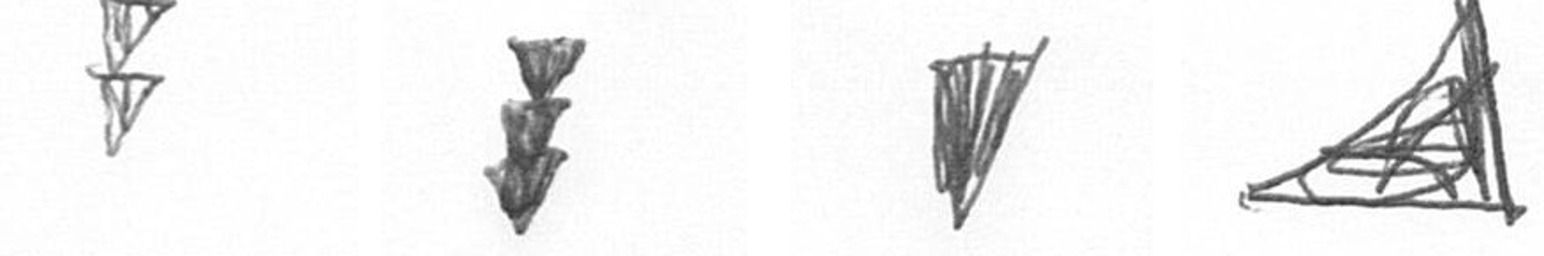
Z E J O